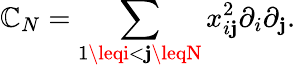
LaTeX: {\cal\mathbb{C}}_{N}=\sum_{1\leqi<\mathbf{j}\leqN}x_{i\mathbf{j}}^{2}\partial_{i}\partial_{\mathbf{j}}.